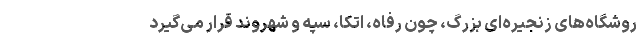
روشگاه‌های زنجیره‌ای بزرگ، چون رفاه، اتکا، سپه و شهروند قرار می‌گیرد